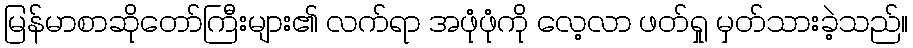
မြန်မာစာဆိုတော်ကြီးများ၏ လက်ရာ အဖုံဖုံကို လေ့လာ ဖတ်ရှု မှတ်သားခဲ့သည်။